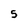
Character: 5